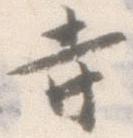
寺